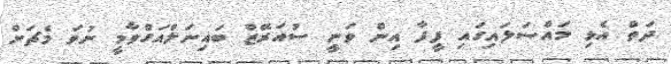
ދަތް އެޅި މައްސަލައިގައި ފީފާ އިން ވަނީ ސުއަރޭޒް ބައިނަލްއަގްވާމީ ނުވަ މެޗަށް